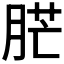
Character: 𦛿